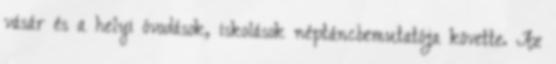
vásár és a helyi óvodások, iskolások néptáncbemutatója követte. Az